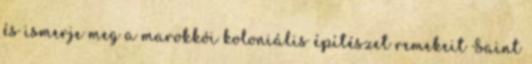
és ismerje meg a marokkói koloniális építészet remekeit Saint